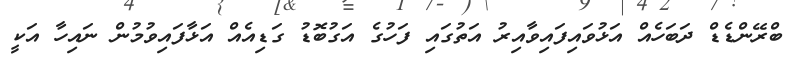
ބްރޭންޑެޑް ދަބަހެއް އަޅުވައިފައިވާއިރު އަތުގައި ފަހުގެ އަގުބޮޑު ގަޑިއެއް އަޅާފައިވުމުން ނައިހާ އަކީ